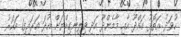
ހުވަދު އަތޮޅު ގައްދޫ އާއި މާމެންދޫ އަދި ވިލިނގިއްޔަށް އުދަ އަރައިފި1 އަހަރު